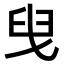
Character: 𦥙